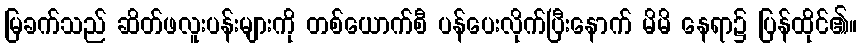
မြခက်သည် ဆိတ်ဖလူးပန်းများကို တစ်ယောက်စီ ပန်ပေးလိုက်ပြီးနောက် မိမိ နေရာ၌ ပြန်ထိုင်၏။